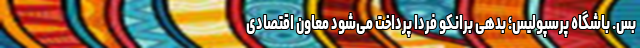
بس. باشگاه پرسپولیس؛ بدهی برانکو فردا پرداخت می‌شود معاون اقتصادی